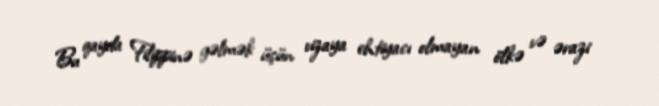
Bu qayda Filippinə gəlmək üçün vizaya ehtiyacı olmayan ölkə və ərazi